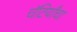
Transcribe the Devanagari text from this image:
चॅटियाँचा